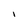
Character: l